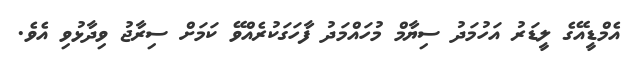
އެމްޑީއޭގެ ލީޑަރު އަހުމަދު ސިޔާމް މުހައްމަދު ފާހަގަކުރެއްވޭ ކަމަށް ސިރާޖު ވިދާޅުވި އެވެ.